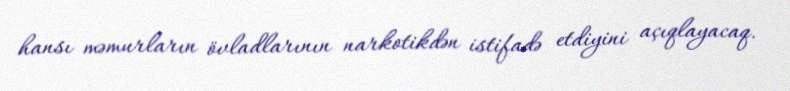
hansı məmurların övladlarının narkotikdən istifadə etdiyini açıqlayacaq.